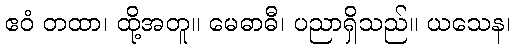
ဧဝံ တထာ၊ ထို့အတူ။ မေဓာဓီ၊ ပညာရှိသည်။ ယသေန၊